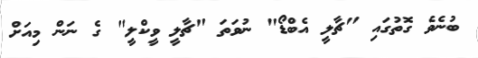
ބުނެވެ ގޮތުގައި "ޗާލީ އެބްޑޯ" ނުވަތަ "ޗާލީ ވީކްލީ" ގެ ނަން މިއަށް